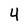
Character: 4